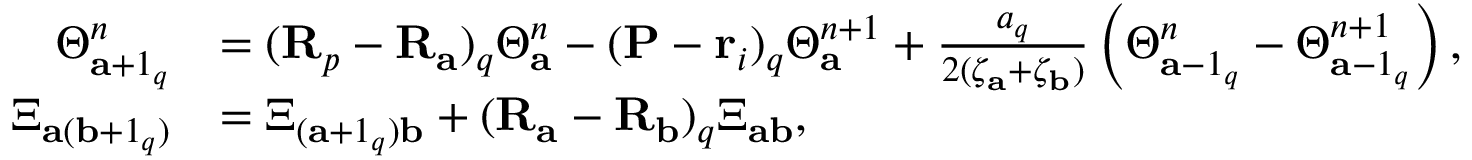
\begin{array} { r l } { \Theta _ { \mathbf { a } + 1 _ { q } } ^ { n } } & { = ( \mathbf { R } _ { p } - \mathbf { R } _ { \mathbf { a } } ) _ { q } \Theta _ { \mathbf { a } } ^ { n } - ( \mathbf { P } - \mathbf { r } _ { i } ) _ { q } \Theta _ { \mathbf { a } } ^ { n + 1 } + \frac { a _ { q } } { 2 ( \zeta _ { \mathbf { a } } + \zeta _ { \mathbf { b } } ) } \left( \Theta _ { \mathbf { a } - 1 _ { q } } ^ { n } - \Theta _ { \mathbf { a } - 1 _ { q } } ^ { n + 1 } \right) , } \\ { \Xi _ { \mathbf { a } ( \mathbf { b } + 1 _ { q } ) } } & { = \Xi _ { ( \mathbf { a } + 1 _ { q } ) \mathbf { b } } + ( \mathbf { R } _ { \mathbf { a } } - \mathbf { R } _ { \mathbf { b } } ) _ { q } \Xi _ { \mathbf { a b } } , } \end{array}